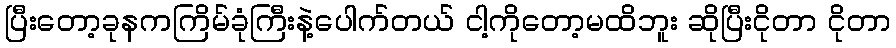
ပြီးတော့ခုနကကြိမ်ခုံကြီးနဲ့ပေါက်တယ် ငါ့ကိုတော့မထိဘူး ဆိုပြီးငိုတာ ငိုတာ